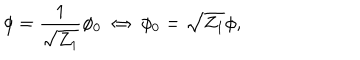
LaTeX: \phi = \frac { 1 } { \sqrt { Z _ { 1 } } } \phi _ { 0 } \; \Leftrightarrow \; \phi _ { 0 } = \sqrt { Z _ { 1 } } \phi ,